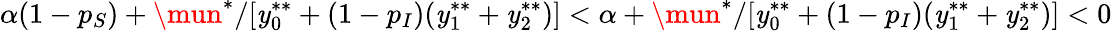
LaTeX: \alpha(1-p_{S})+\mun^{*}/[\mathit{y}_{0}^{**}+(1-p_{I})(\mathit{y}_{1}^{**}+\mathit{y}_{2}^{**})]<\alpha+\mun^{*}/[\mathit{y}_{0}^{**}+(1-p_{I})(\mathit{y}_{1}^{**}+\mathit{y}_{2}^{**})]<0